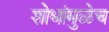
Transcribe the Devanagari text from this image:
शोधांमुळेच